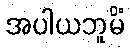
အပါယဘူမိံ